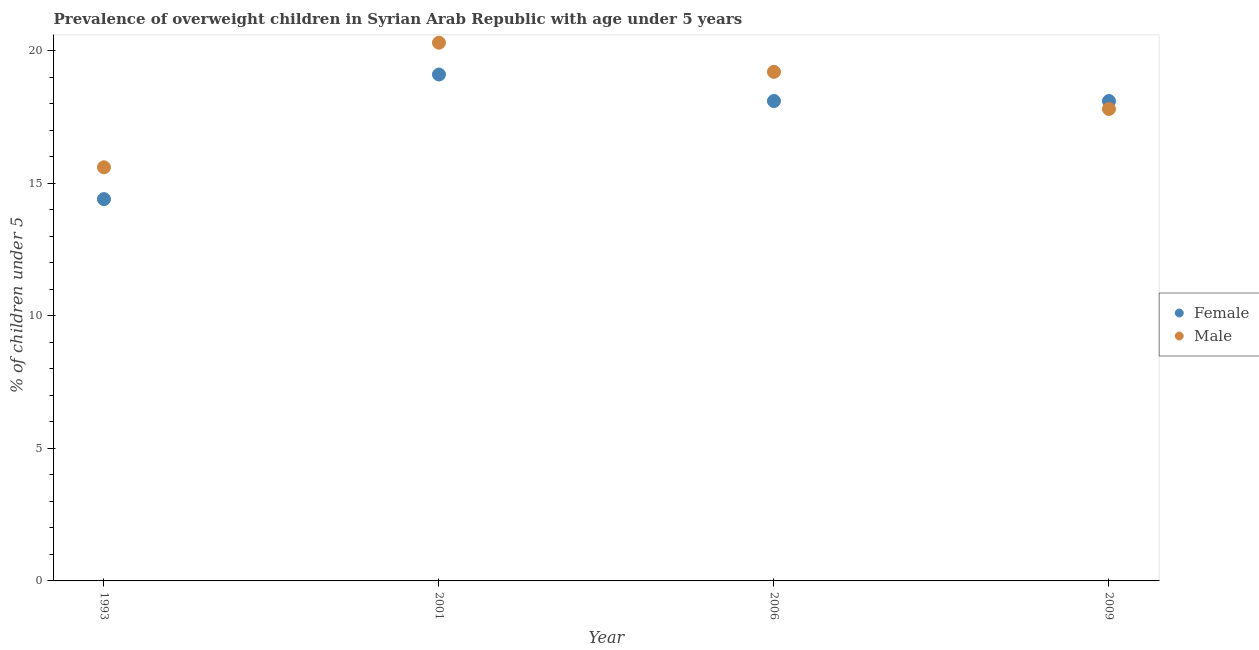
| Year | Female | Male |
 | --- | --- | --- |
 | 1993 | 14.4 | 15.6 |
 | 2001 | 19.1 | 20.3 |
 | 2006 | 18.1 | 19.2 |
 | 2009 | 18.1 | 17.8 |